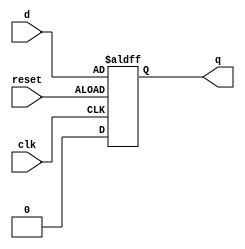
// This program was cloned from: https://github.com/neelkshah/MIPS-Processor
// License: GNU General Public License v3.0

module dff_async_clear(q, d, clk, reset);
	input d, reset, clk;
	output q;
	reg q;
	
	always @ (posedge reset or negedge clk)
	begin
		if (!reset) q <= 1'b0;
		else q <= d;
	end
	
endmodule